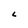
Character: L